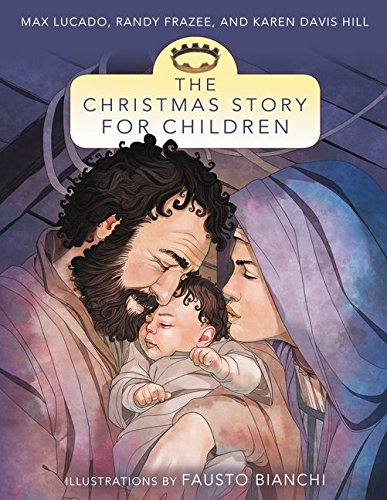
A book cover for The Christmas Story for Children; Max Lucado; Christian Books & Bibles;